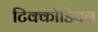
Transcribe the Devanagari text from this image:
टिक्कोडियन